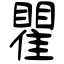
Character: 瞿